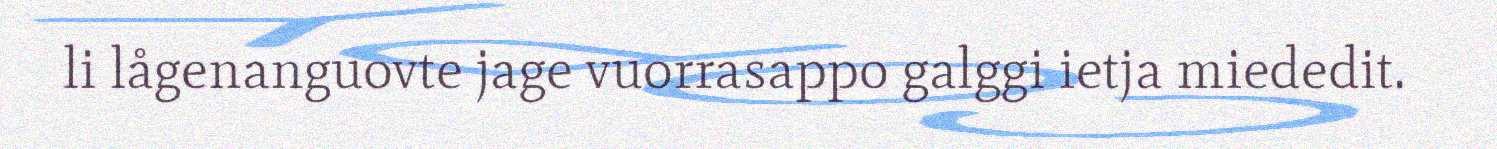
li lågenanguovte jage vuorrasappo galggi ietja miededit.